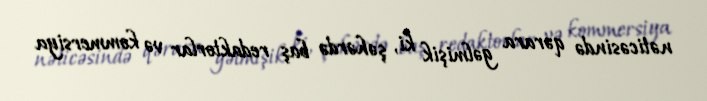
nəticəsində qərara gəlmişik ki, şəhərdə baş redaktorlar və kommersiya